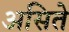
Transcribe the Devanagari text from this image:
असिते